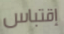
إقتباس